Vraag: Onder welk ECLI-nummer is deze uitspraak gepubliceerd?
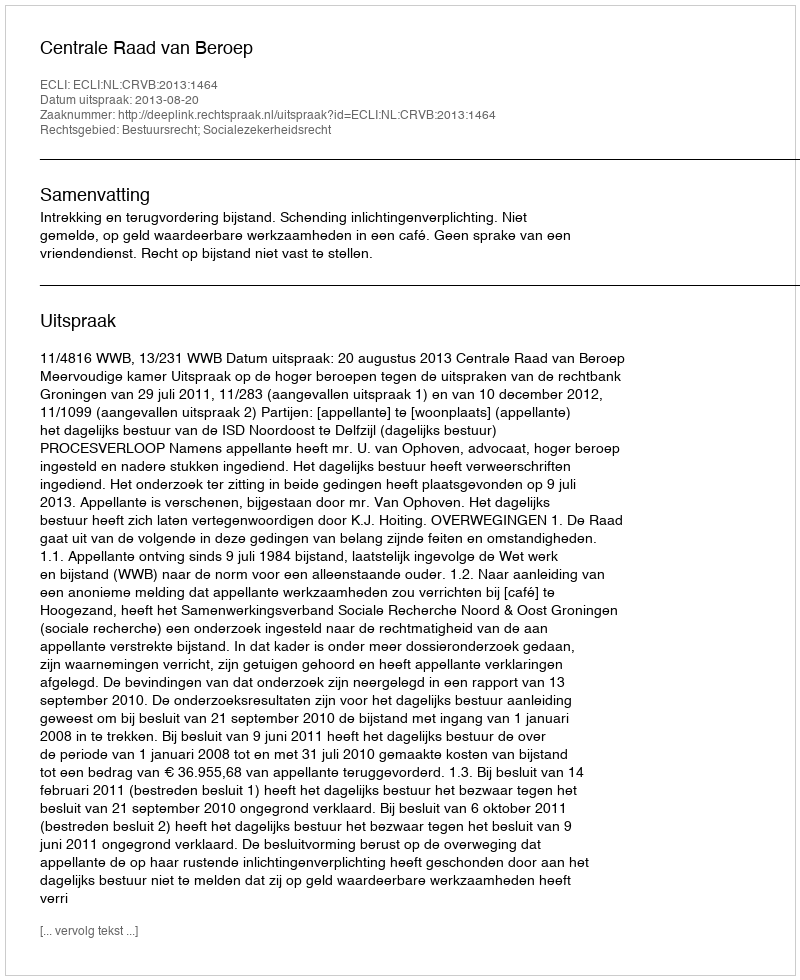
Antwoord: ECLI:NL:CRVB:2013:1464